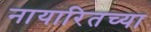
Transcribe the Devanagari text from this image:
नायारितच्या